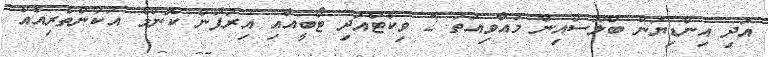
އަދި އިންޑިޔަން ބްލޫސްއިން މުއާވިއަތު 2 ވިކެޓްއަދި ޓޯބީއާއި އިރުފާން ކޮންމެ އުކުންތެރިއެއް